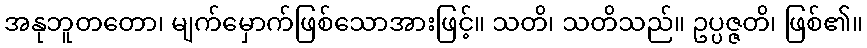
အနုဘူတတော၊ မျက်မှောက်ဖြစ်သောအားဖြင့်။ သတိ၊ သတိသည်။ ဥပ္ပဇ္ဇတိ၊ ဖြစ်၏။